Elephants and their diseases
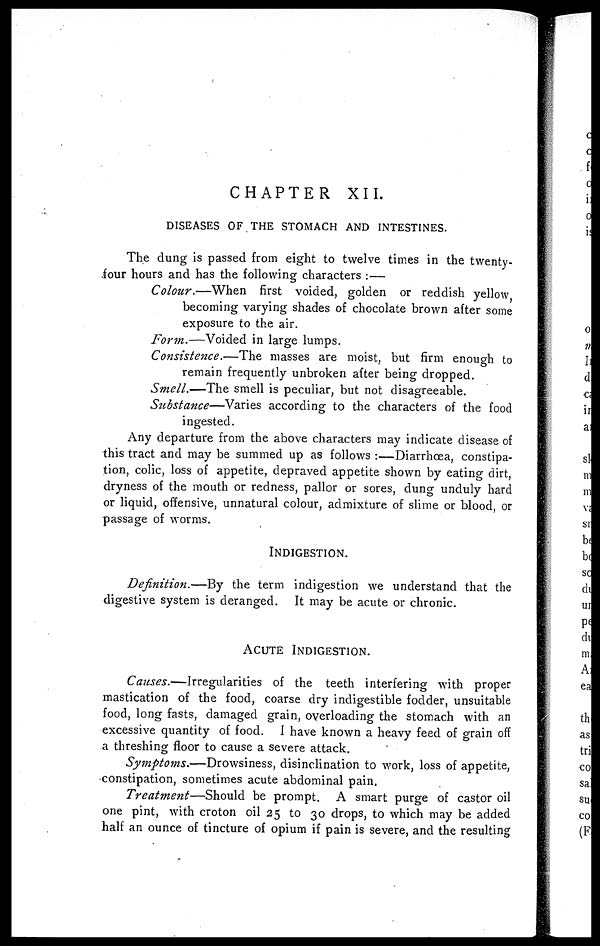
CHAPTER XII.
DISEASES OF THE STOMACH AND INTESTINES.
The dung is passed from eight to twelve times in the twenty-
four hours and has the following characters :—
Colour.—When first voided, golden or reddish yellow
becoming varying shades of chocolate brown after some
exposure to the air.
Form.—Voided in large lumps.
Consistence.—The masses are moist, but firm enough to
remain frequently unbroken after being dropped.
Smell.—The smell is peculiar, but not disagreeable.
Substance—Varies according to the characters of the food
ingested.
Any departure from the above characters may indicate disease of
this tract and may be summed up as follows :—Diarrhœa, constipa-
tion, colic, loss of appetite, depraved appetite shown by eating dirt,
dryness of the mouth or redness, pallor or sores, dung unduly hard
or liquid, offensive, unnatural colour, admixture of slime or blood, or
passage of worms.
INDIGESTION.
Definition.—By
the term indigestion we understand that the
digestive system is deranged. It may be acute or chronic.
ACUTE INDIGESTION.
Causes.—Irregularities
of the teeth interfering with proper
mastication of the food, coarse dry indigestible fodder, unsuitable
food, long fasts, damaged grain, overloading the stomach with an
excessive quantity of food. I have known a heavy feed of grain off
a threshing floor to cause a severe attack.
Symptoms.—Drowsiness,
disinclination to work, loss of appetite,
constipation, sometimes acute abdominal pain.
Treatment—Should
be prompt. A smart purge of castor oil
one pint, with croton oil 25 to 30 drops, to which may be added
half an ounce of tincture of opium if pain is severe, and the resulting